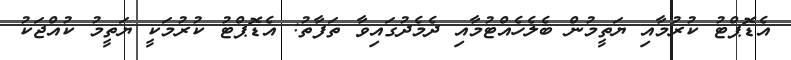
އެޑޮޕްޓު ކުރުމާއި ޔަތީމުން ބެލެހެއްޓުމާއި ދެމެދުގައިވާ ތަފާތު: އެޑޮޕްޓު ކުރުމަކީ ޔަތީމު ކުއްޖަކު